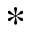
*